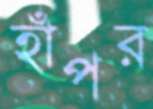
হাঁপর